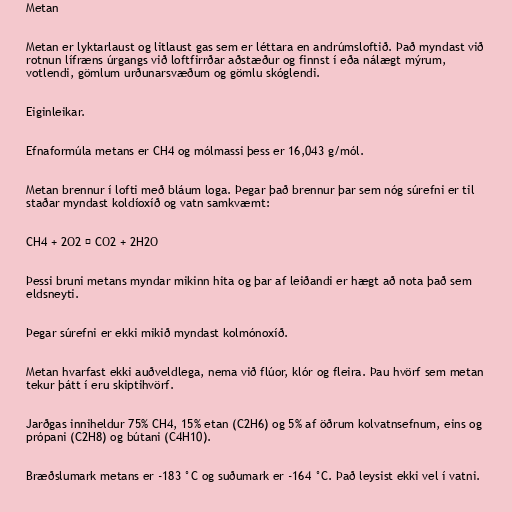
Metan

Metan er lyktarlaust og litlaust gas sem er léttara en andrúmsloftið. Það myndast við
rotnun lífræns úrgangs við loftfirrðar aðstæður og finnst í eða nálægt mýrum,
votlendi, gömlum urðunarsvæðum og gömlu skóglendi.

Eiginleikar.

Efnaformúla metans er CH4 og mólmassi þess er 16,043 g/mól.

Metan brennur í lofti með bláum loga. Þegar það brennur þar sem nóg súrefni er til
staðar myndast koldíoxíð og vatn samkvæmt:

CH4 + 2O2 → CO2 + 2H2O

Þessi bruni metans myndar mikinn hita og þar af leiðandi er hægt að nota það sem
eldsneyti.

Þegar súrefni er ekki mikið myndast kolmónoxíð.

Metan hvarfast ekki auðveldlega, nema við flúor, klór og fleira. Þau hvörf sem metan
tekur þátt í eru skiptihvörf.

Jarðgas inniheldur 75% CH4, 15% etan (C2H6) og 5% af öðrum kolvatnsefnum, eins og
própani (C2H8) og bútani (C4H10).

Bræðslumark metans er -183 °C og suðumark er -164 °C. Það leysist ekki vel í vatni.